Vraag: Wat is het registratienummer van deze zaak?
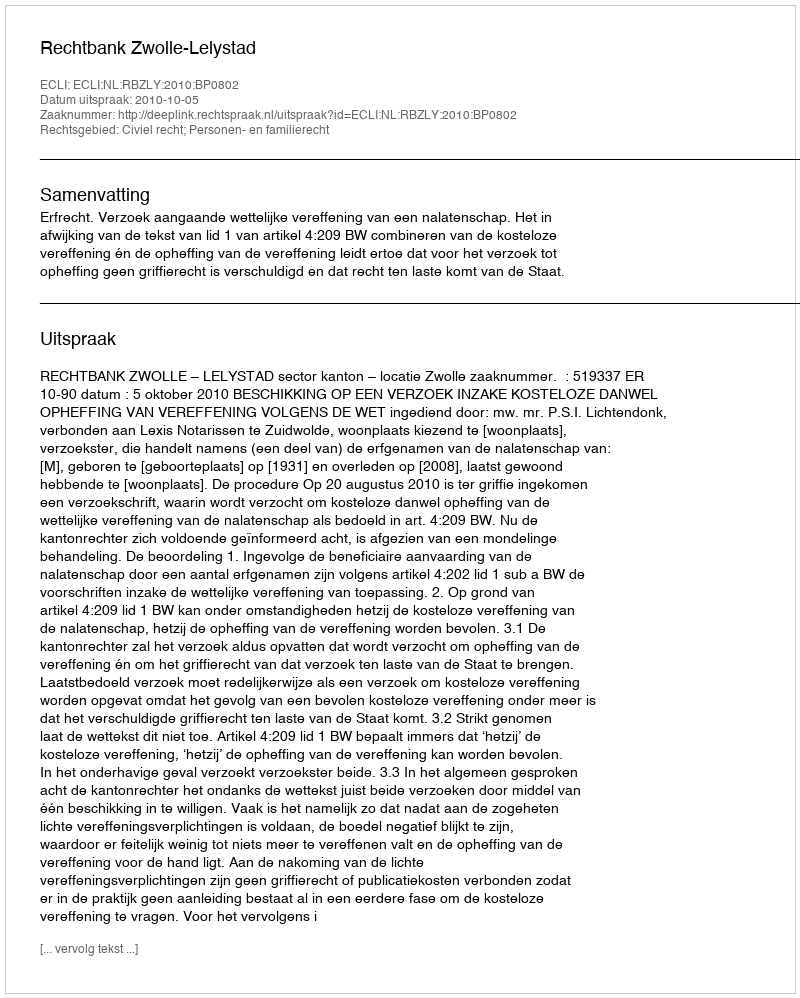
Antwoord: http://deeplink.rechtspraak.nl/uitspraak?id=ECLI:NL:RBZLY:2010:BP0802